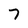
Character: 7